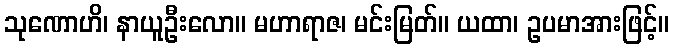
သုဏောဟိ၊ နာယူဦးလော။ မဟာရာဇ၊ မင်းမြတ်။ ယထာ၊ ဥပမာအားဖြင့်။